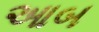
આબ